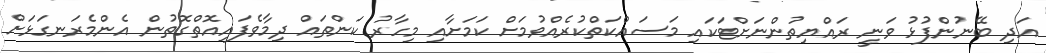
އަދި ބޭނުންފުޅު ވަނީ ރައްޔިތުންނަށްޓަކައި މަސައްކަތްކުރެއްވުމަށް ކަމަށާއި މިހާރު ކަންތައް ދިމާވެފައިއޮތްގޮތުން އެންމެރަނގަޅަށް